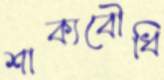
শাক্যবৌধি